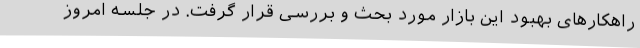
راهکارهای بهبود این بازار مورد بحث و بررسی قرار گرفت. در جلسه امروز